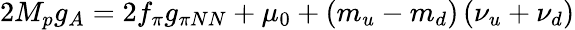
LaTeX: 2M_{p}g_{A}=2f_{\pi}g_{\pi NN}+\mu_{0}+\left(m_{u}-m_{d}\right)\left(\nu_{u}+\nu_{d}\right)